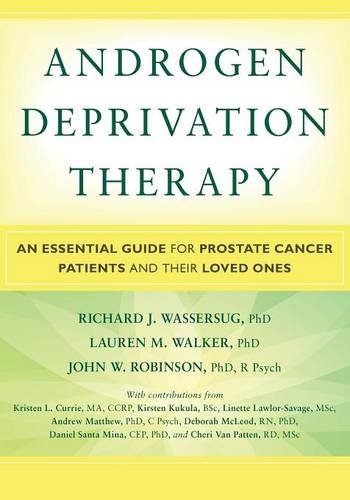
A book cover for Androgen Deprivation Therapy: An Essential Guide for Prostate Cancer Patients and Their Loved Ones; Richard J. Wassersug PhD; Health, Fitness & Dieting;